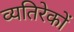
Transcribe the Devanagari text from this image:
व्यतिरेकों